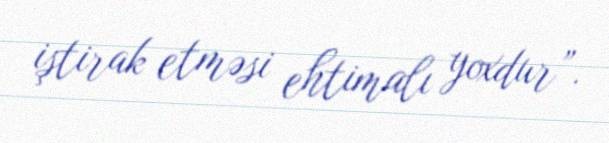
iştirak etməsi ehtimalı yoxdur”.